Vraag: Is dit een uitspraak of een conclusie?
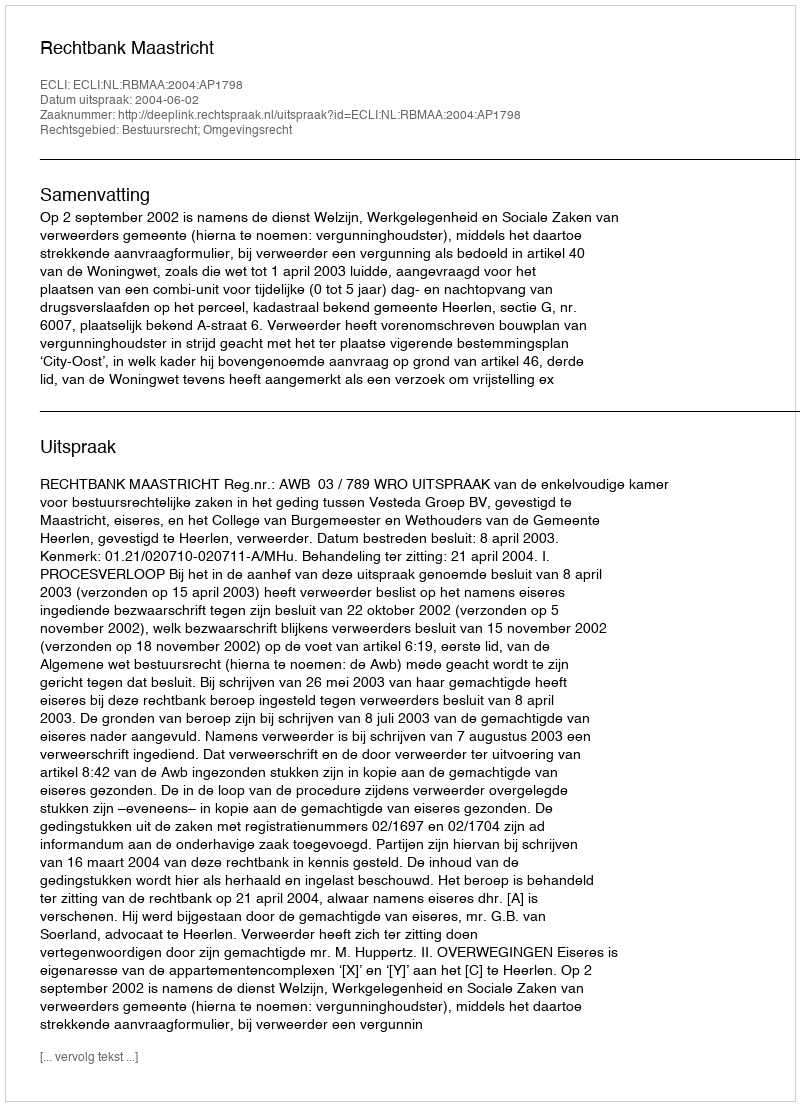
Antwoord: Uitspraak